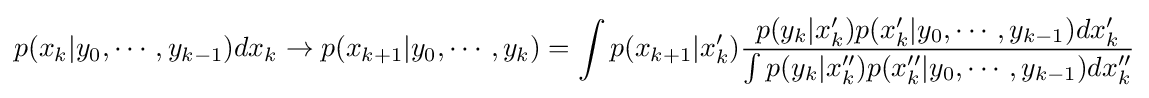
p(x_{k}|y_{0},\cdots ,y_{k-1})dx_{k}\to p(x_{k+1}|y_{0},\cdots ,y_{k})=\int p(x_{k+1}|x'_{k}){\frac {p(y_{k}|x_{k}')p(x'_{k}|y_{0},\cdots ,y_{k-1})dx'_{k}}{\int p(y_{k}|x''_{k})p(x''_{k}|y_{0},\cdots ,y_{k-1})dx''_{k}}}